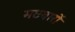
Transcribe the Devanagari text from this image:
मछवारों